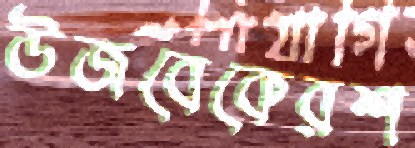
উজবেকেরশ